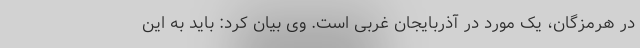
در هرمزگان، یک مورد در آذربایجان غربی است. وی بیان کرد: باید به این